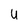
Character: u